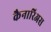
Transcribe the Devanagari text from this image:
कैनारिअस